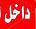
داخل